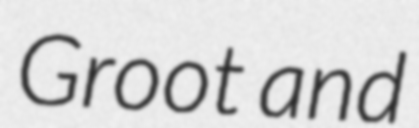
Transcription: Groot and